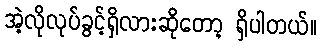
အဲ့လိုလုပ်ခွင့်ရှိလားဆိုတော့ ရှိပါတယ်။